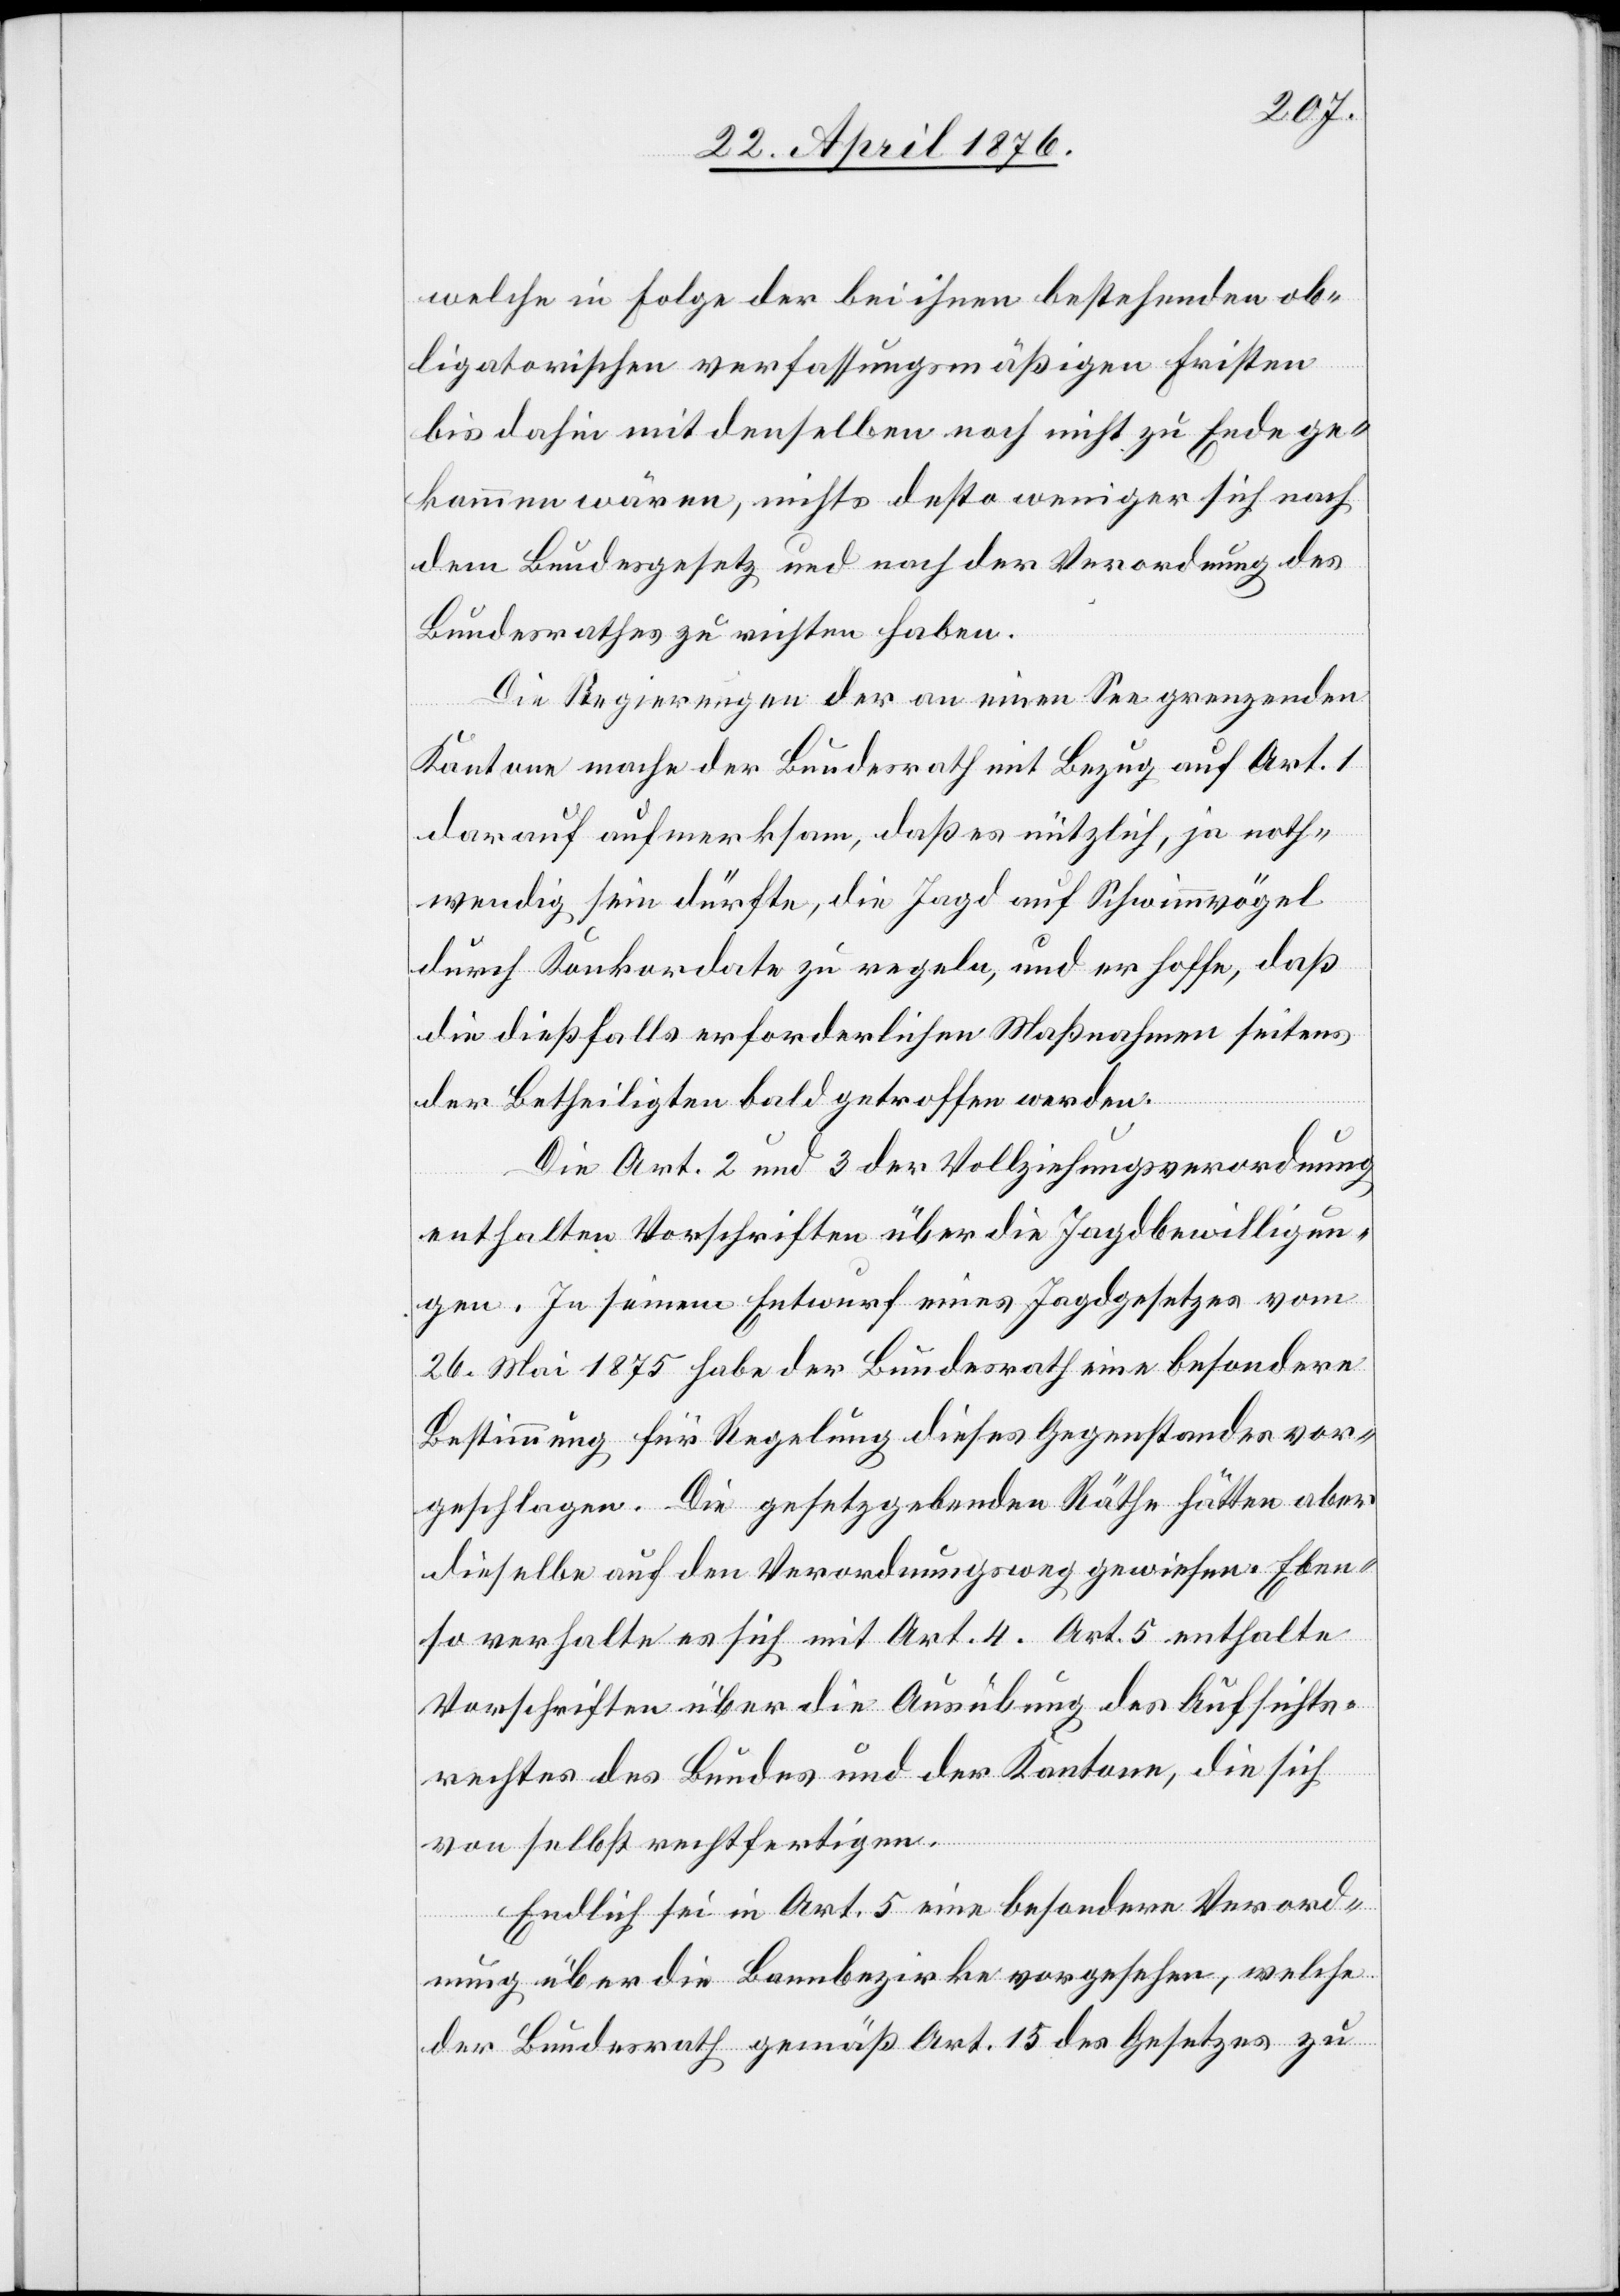
welche in Folge der bei ihnen bestehenden ob¬
ligatorischen verfassungsmäßigen Fristen
bis dahin mit denselben noch nicht zu Ende ge¬
kommen wären, nichts desto weniger sich nach
dem Bundesgesetz und nach der Verordnung des
Bundesrathes zu richten haben.
Die Regierungen der an einen See grenzenden
Kantone mache der Bundesrath mit Bezug auf Art. 1
darauf aufmerksam, daß es nützlich, ja noth¬
wendig sein dürfte, die Jagd auf Schwimmvögel
durch Konkordate zu regeln, und er hoffe, das
die dießfalls erforderlichen Maßnahmen seitens
der Betheiligten bald getroffen werden.
Die Art. 2 und 3 der Vollziehungsverordnung
enthalten Vorschriften über die Jagdbewilligun¬
gen. In seinem Entwurf eines Jagdgesetzes vom
26. Mai 1875 habe der Bundesrath eine besondere
Bestimmung für Regelung dieses Gegenstandes vor¬
geschlagen. Die gesetzgebenden Räthe hätten aber
dieselbe auf den Verordnungsweg gewiesen. Eben¬
so verhalte es sich mit Art. 4. Art. 5 enthalte
Vorschriften über die Ausübung des Aufsichts¬
rechtes des Bundes und der Kantone, die sich
von selbst rechtfertigen.
Endlich sei in Art. 5 eine besondere Verord¬
nung über die Bannbezirke vorgesehen, welche
der Bundesrath gemäß Art. 15 des Gesetzes zu